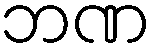
ဘဏ